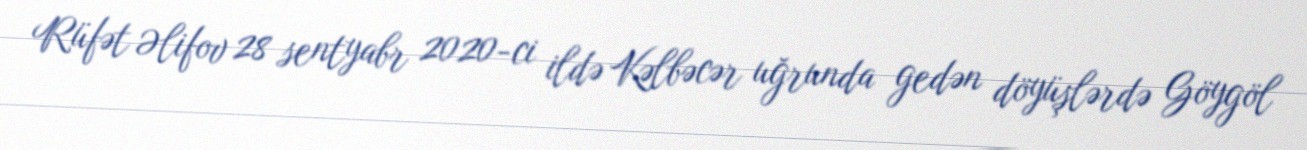
Rüfət Əlifov 28 sentyabr 2020-ci ildə Kəlbəcər uğrunda gedən döyüşlərdə Göygöl